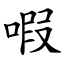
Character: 㗇